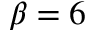
\beta = 6